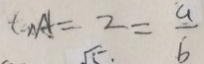
\tan A = 2 = \frac { a } { b }